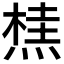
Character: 𭵣